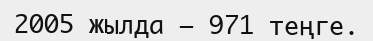
2005 жылда — 971 теңге.